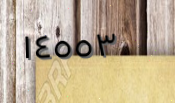
١٤٥٥٣